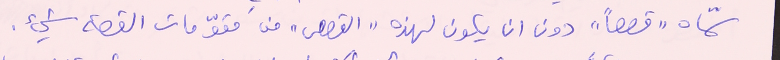
سمّاه "قصصاً" دون ان يكون لهذه "القصص" من مقوّمات القصة شيء.